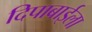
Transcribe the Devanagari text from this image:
दिपाबाईला